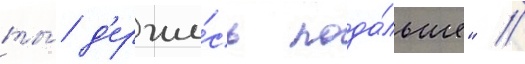
ты́ д'ержи́сь пода́льше" //